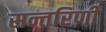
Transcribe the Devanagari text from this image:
सन्तरिणी